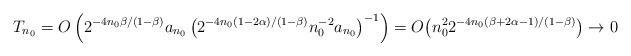
LaTeX: \begin{align*}T_{n_0} = O \left( 2^{-4n_0 \beta/(1-\beta)} a_{n_0} \left( 2^{-4n_0(1-2\alpha)/(1-\beta)} n_0^{-2}{a_{n_0}} \right)^{-1} \right)= O \big( {n_0^2} 2^{-4n_0 (\beta+2\alpha-1)/(1-\beta)} \big) \to 0\end{align*}